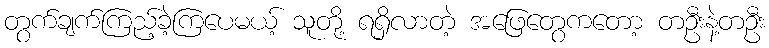
တွက်ချက်ကြည့်ခဲ့ကြပေမယ့် သူတို့ ရရှိလာတဲ့ အဖြေတွေကတော့ တဦးနဲ့တဦး